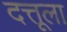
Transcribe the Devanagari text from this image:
दत्तूला